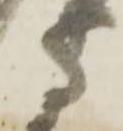
守